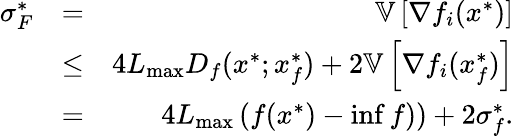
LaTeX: \begin{array}{rlr}{\sigma_{F}^{*}}&{=}&{\mathbb{V}\left[\nabla f_{i}(x^{*})\right]}\\ &{\leq}&{4L_{\operatorname*{max}}D_{f}(x^{*};x_{f}^{*})+2\mathbb{V}\left[\nabla f_{i}(x_{f}^{*})\right]}\\ &{=}&{4L_{\operatorname*{max}}\left(f(x^{*})-\operatorname*{inf}f)\right)+2\sigma_{f}^{*}.}\end{array}